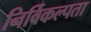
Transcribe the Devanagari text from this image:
निर्विकल्पता